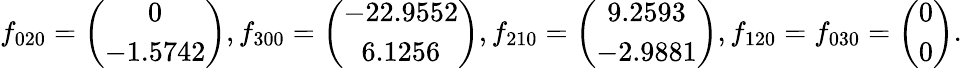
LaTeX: f_{020}=\left(\begin{array}{c}{0}\\ {-1.5742}\end{array}\right),f_{300}=\left(\begin{array}{c}{-22.9552}\\ {6.1256}\end{array}\right),f_{210}=\left(\begin{array}{c}{9.2593}\\ {-2.9881}\end{array}\right),f_{120}=f_{030}=\left(\begin{array}{c}{0}\\ {0}\end{array}\right).